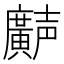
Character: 𫸌